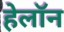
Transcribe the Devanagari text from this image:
हेलॉन